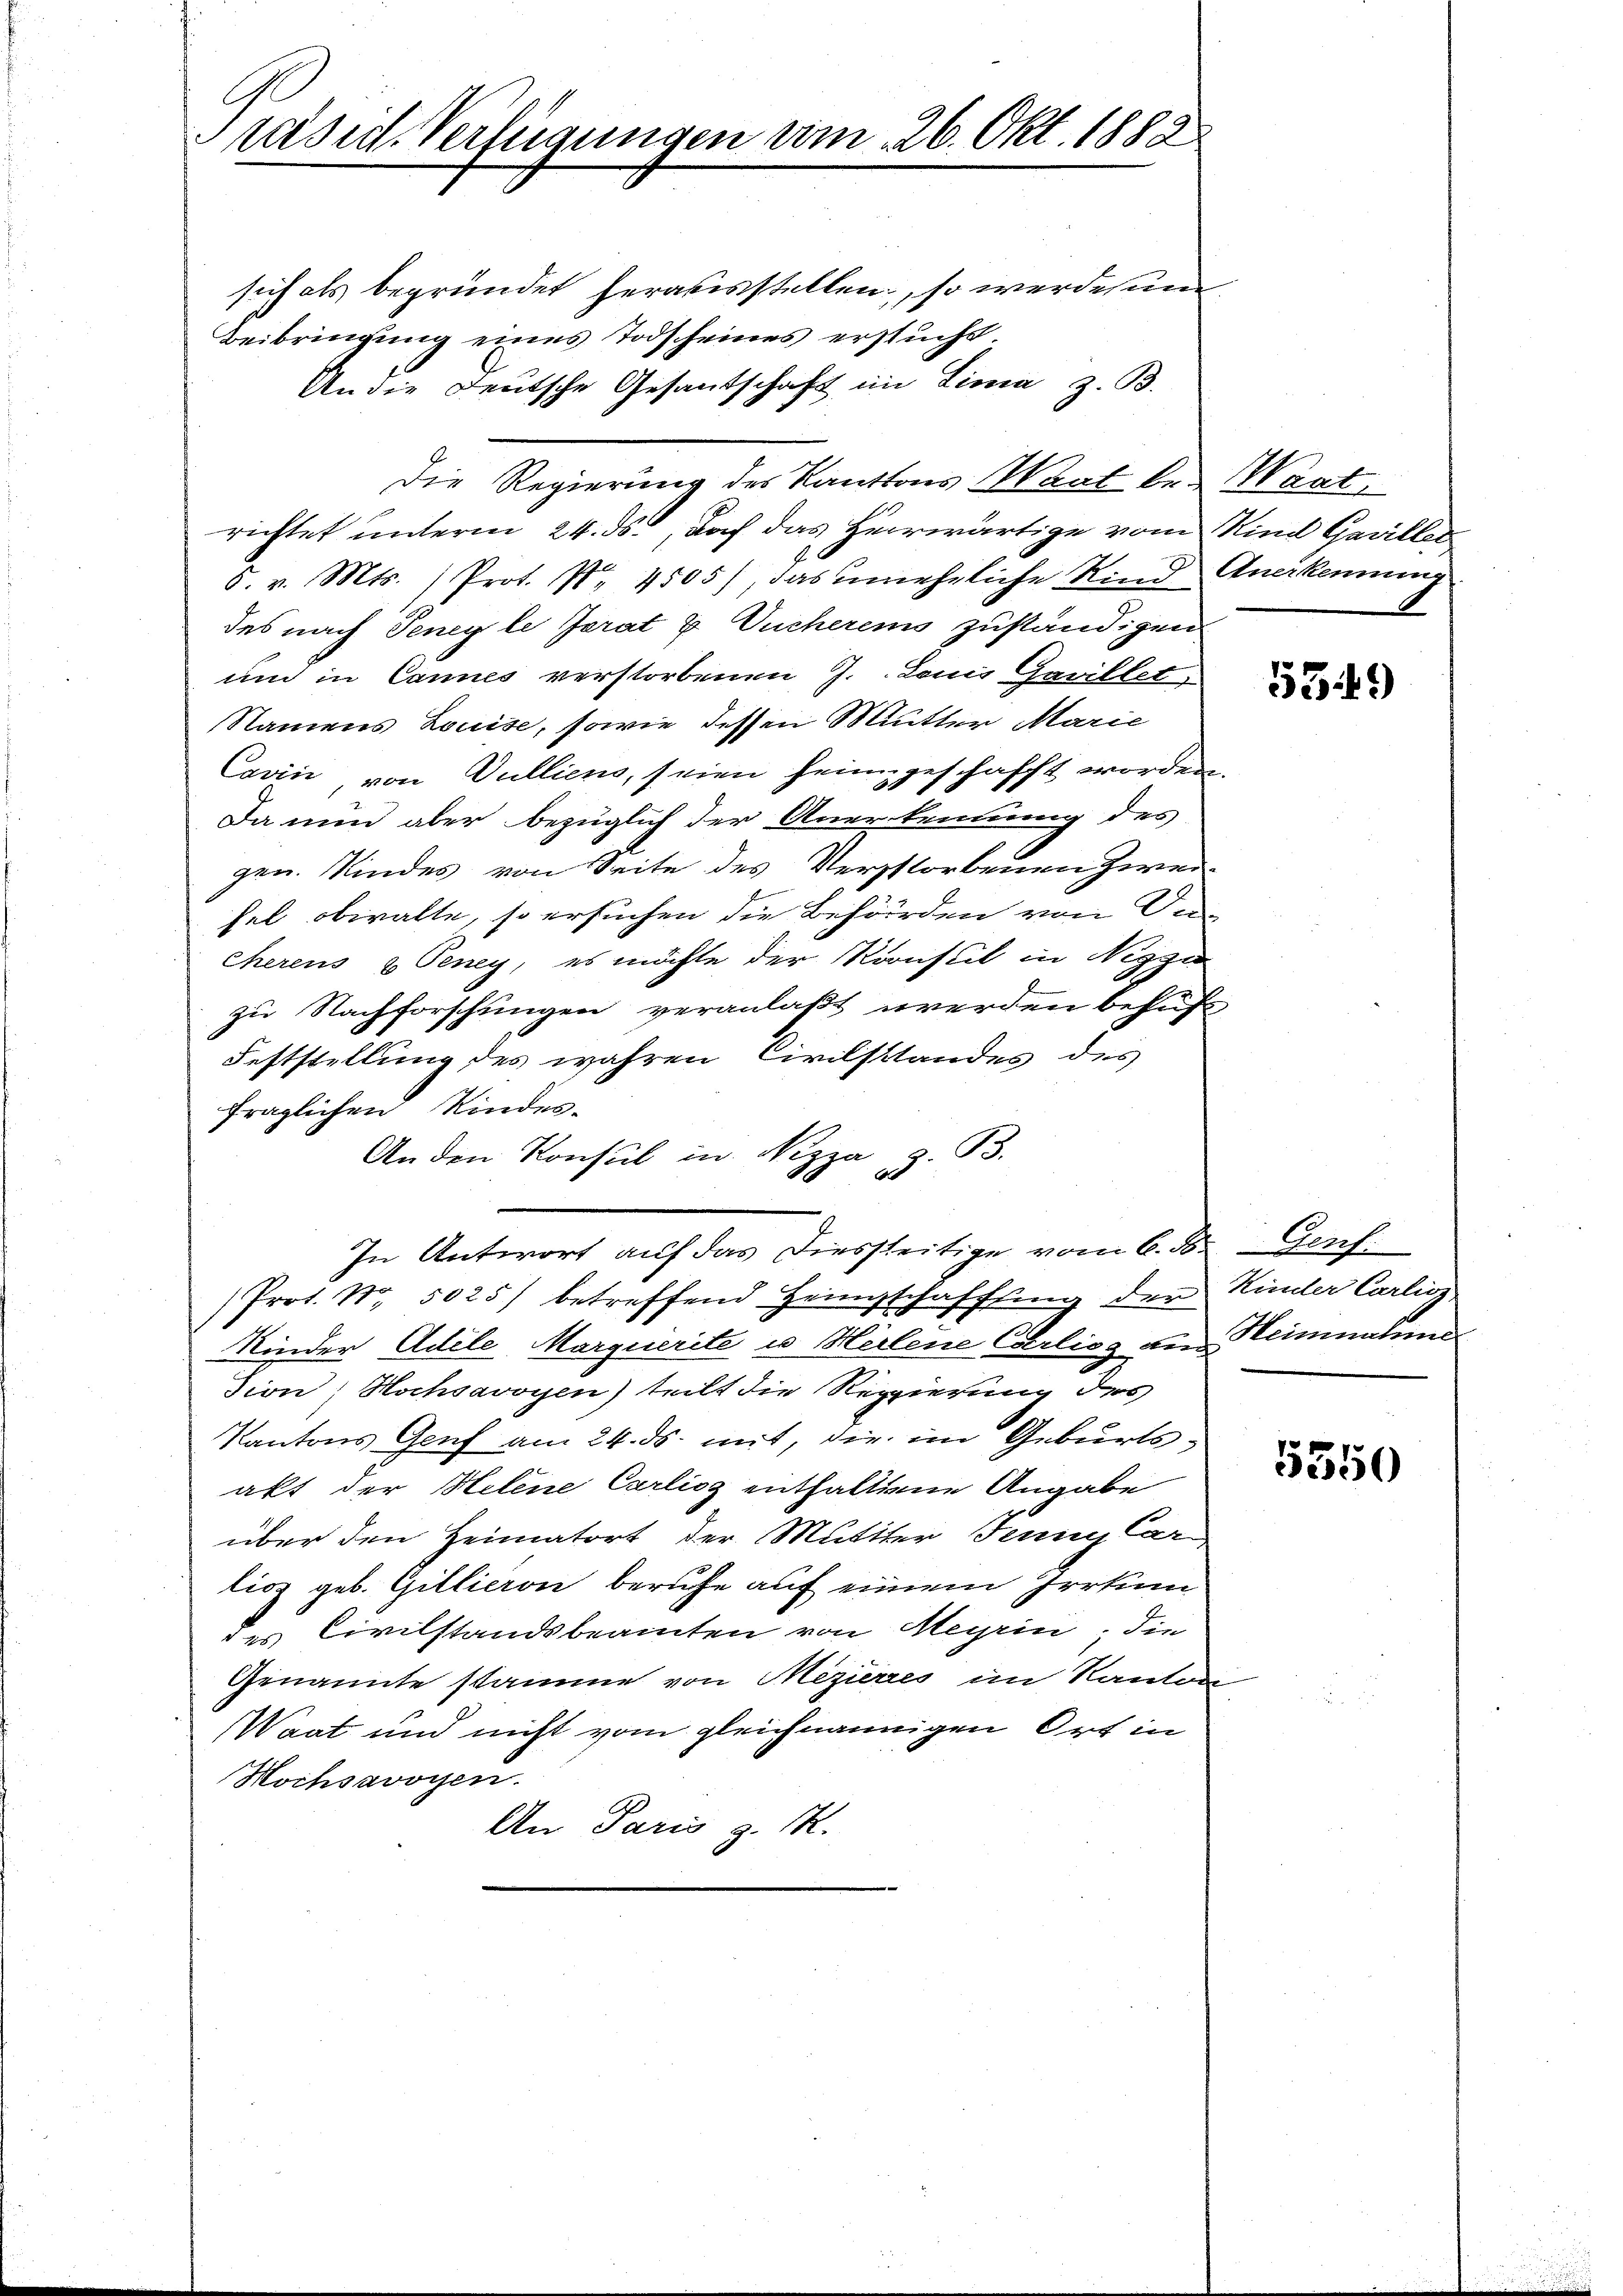
räsid. Verfügungen vom 26. Okt. 1882

sich als begründet herausstellen, so werde sum
Beibringung eines Todscheines ersucht.
An die Deutsche Gesantschaft im Linie z. B.
Die Regierung des Kantons Waat bei Wart
richtet unterm 24. ds., doch das Heerwärtige vom Kind Gewiller
5. v. Mts. (Prot. Nr. 4505), das unehrliche Kind Anerkennung
des nach Teney le Jerat u. Vucherens zuständigen
um in Cannes verstorbenen J. Louis Gavillet
Namens Louise, sowie dessen Mutter Marie
Cavin von Dulliens, seien heimgeschafft worden.
Da nun aber bezüglich der Anerkennung des
gen. Kindes von Seite des Verstorbenen Zwei-
fel obwalte, so ersuchen die Behörden von Uncherens & Teney, es möchte der Koonstit in Nigzu
zu Nachforschungen veranlaßt werden behuf
Feststellung des wahren Civilstandes des
fraglichen Kinder¬
An den Konsul in Nizza, z. B.
In Antwort auf das diesseitige vom 6. d. Genf.
Prot. Nr. 5025) betreffend Heimschaffung der Kinder Carlioz.
Kinder Adele Marquerite u Heilene Carling den Heimalind
Tion; Hochsavoyen) teilt die Regierung des
Kantons Genf am 24. ds. mit, die im Geburtsakt der Helene Carlioz enthaltene Angabe
über den Heimatort der Mutter Jenny Car
lios geb. Gillieren berufe auf einem Irrtum
des Civilstandsbeamten von Meyrin; die
Genannte stamme von Mezieres im Kanton
Waat und nicht vom gleichnannigen Ort in
Hochsavoyen.
An Paris z. M.

5349

5550